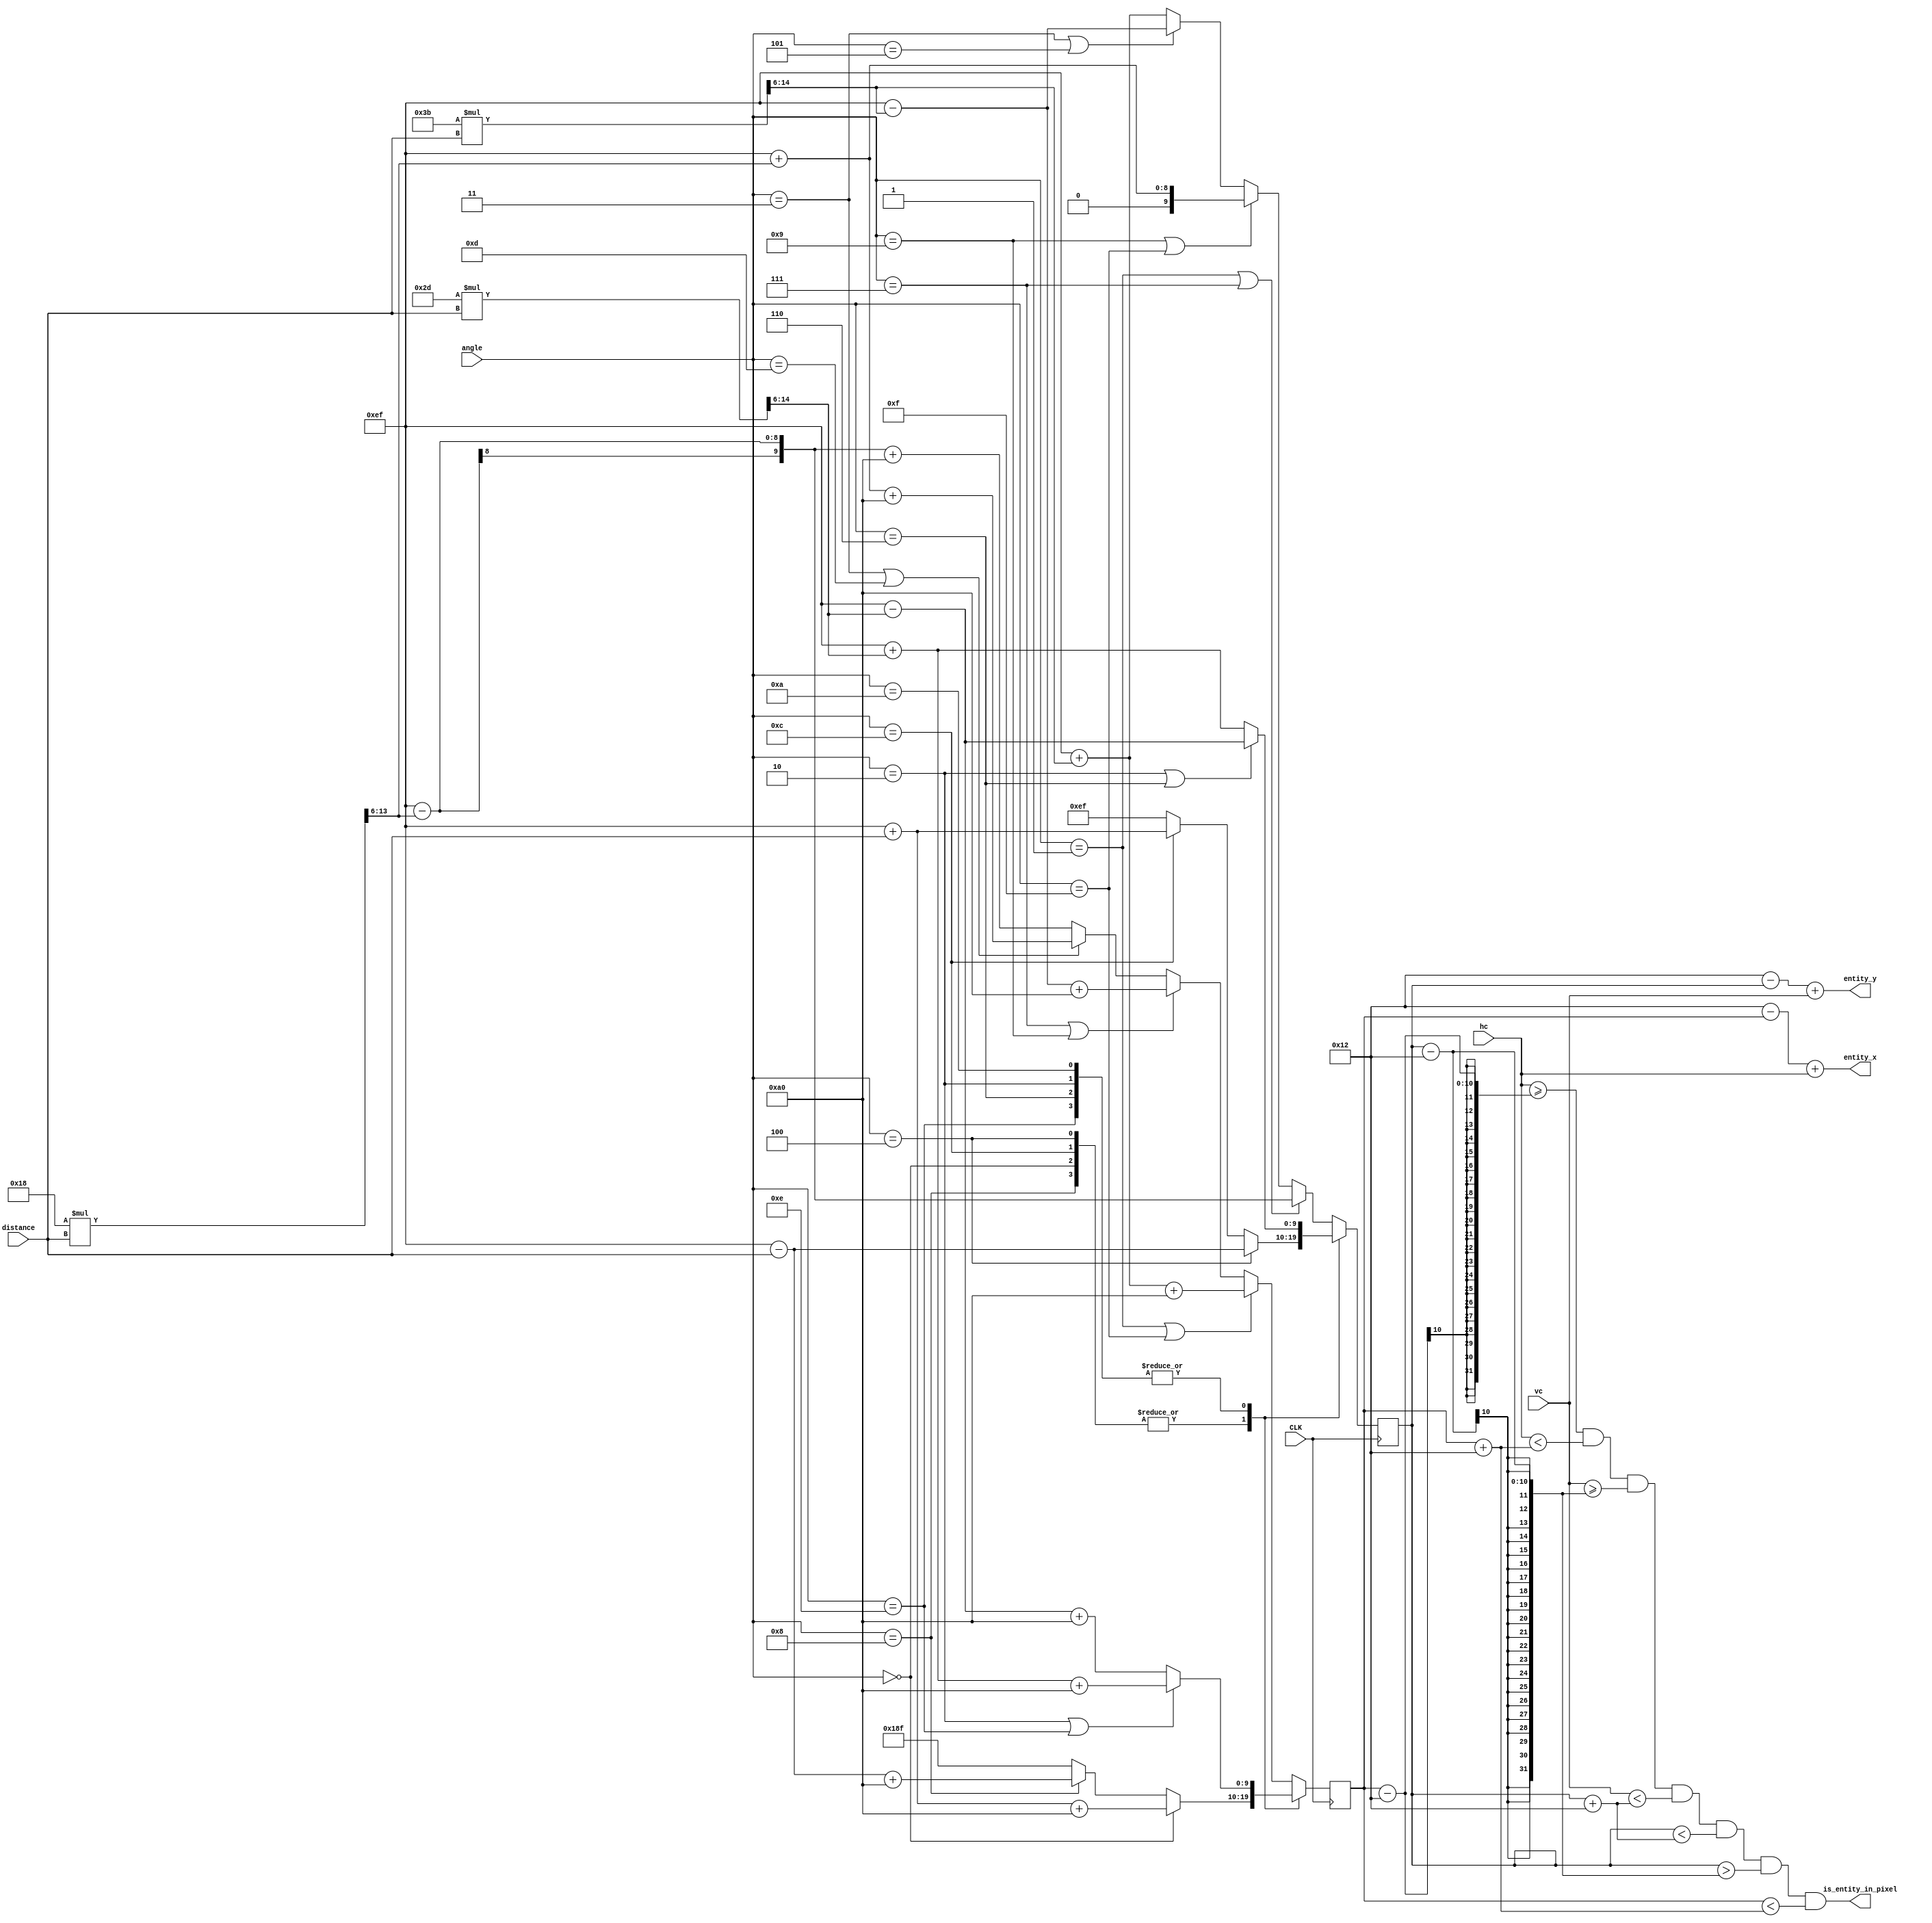
module Find_coordinates(
	input wire [9:0] hc,
	input wire [9:0] vc,
	input wire [8:0] distance,
	input wire [3:0] angle,
	input wire CLK,
	output wire [9:0] entity_x,
	output wire [9:0] entity_y,
	output wire is_entity_in_pixel
	);	
	localparam offset_x = 160; // Due to GUI width
	localparam d = 18; // Due to size of entity
	
	wire [15:0] temp0 = 16'd45 * distance;
	wire [15:0] temp1 = 16'd59 * distance;
	wire [15:0] temp2 = 16'd24 * distance;
	
	reg [9:0] x;
	reg [9:0] y;
	
	assign entity_x = d - x + hc;
	assign entity_y = d - y + vc;
	
	
	assign is_entity_in_pixel = (hc >= x - d && hc < x + d && vc >= y - d && vc < y + d && y < y + d && y > y - d && x < x + d);
	// cos0 = 1, sin0 = 0
	// cos45 = sin45 = 45/64
	// cos22.5 = 59/64, sin22.5 = 24/64
	always @(posedge CLK) begin	
		case(angle)
			4'd0,4'd4,4'd8,4'd12: begin
				y = (angle == 4'd4) ? 10'd239 -distance:
					(angle == 4'd12) ? 10'd239 + distance
					: 10'd239;
				x = (angle == 4'd0) ? 10'd239 + distance + offset_x :
					(angle == 4'd8) ? 10'd239 - distance + offset_x 
					: 10'd239 + offset_x;
			end
			4'd2,4'd6,4'd10,4'd14: begin

				y = (angle == 4'd2 || angle == 4'd6) ? 10'd239 - temp0[15:6]
				: 10'd239 + temp0[15:6];
				x = (angle == 4'd2 || angle == 4'd14) ? 10'd239 + temp0[15:6] + offset_x 
				: 10'd239 - temp0[15:6] + offset_x;	
			end
			default: begin
				y = (angle == 4'd1 || angle == 4'd7) ? 10'd239 - temp2[15:6]:
					(angle == 4'd9 || angle == 4'd15) ? 10'd239 + temp2[15:6]:
					(angle == 4'd3 || angle == 4'd5) ? 10'd239 - temp1[15:6]:
					10'd239 + temp1[15:6];
				x = (angle == 4'd1 || angle == 4'd15) ? 10'd239 + temp1[15:6] + offset_x:
					(angle == 4'd7 || angle == 4'd9) ? 10'd239 - temp1[15:6] + offset_x:
					(angle == 4'd3 || angle == 4'd13) ? 10'd239 + temp2[15:6] + offset_x:
					10'd239 - temp2[15:6] + offset_x;
			end
		endcase
	end
endmodule